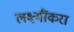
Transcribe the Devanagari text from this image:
लक्ष्मींकरा